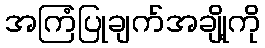
အကြံပြုချက်အချို့ကို